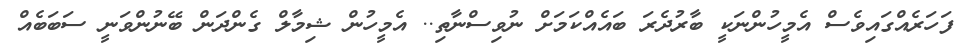
ފަހަރެއްގައިވެސް އެމީހުންނަކީ ބާރުދެރަ ބައެއްކަމަށް ނުވިސްނާތި.. އެމީހުން ޝިމާލް ގެންދަން ބޭނުންވަނީ ސަބަބެއް